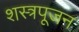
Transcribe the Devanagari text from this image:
शस्त्रपूजन